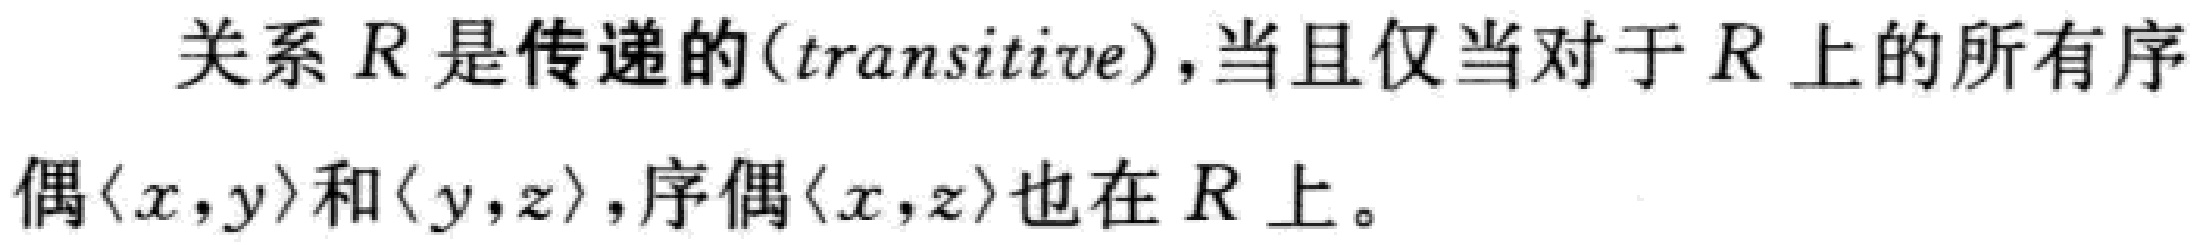
关系 \(R\) 是传递的(transitive)，当且仅当对于 \(R\) 上的所有序偶\(\langle x,y\rangle\)和\(\langle y,z\rangle\)，序偶\(\langle x,z\rangle\)也在 \(R\) 上。